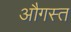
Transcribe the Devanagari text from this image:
औगस्त